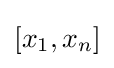
[x_{1},x_{n}]